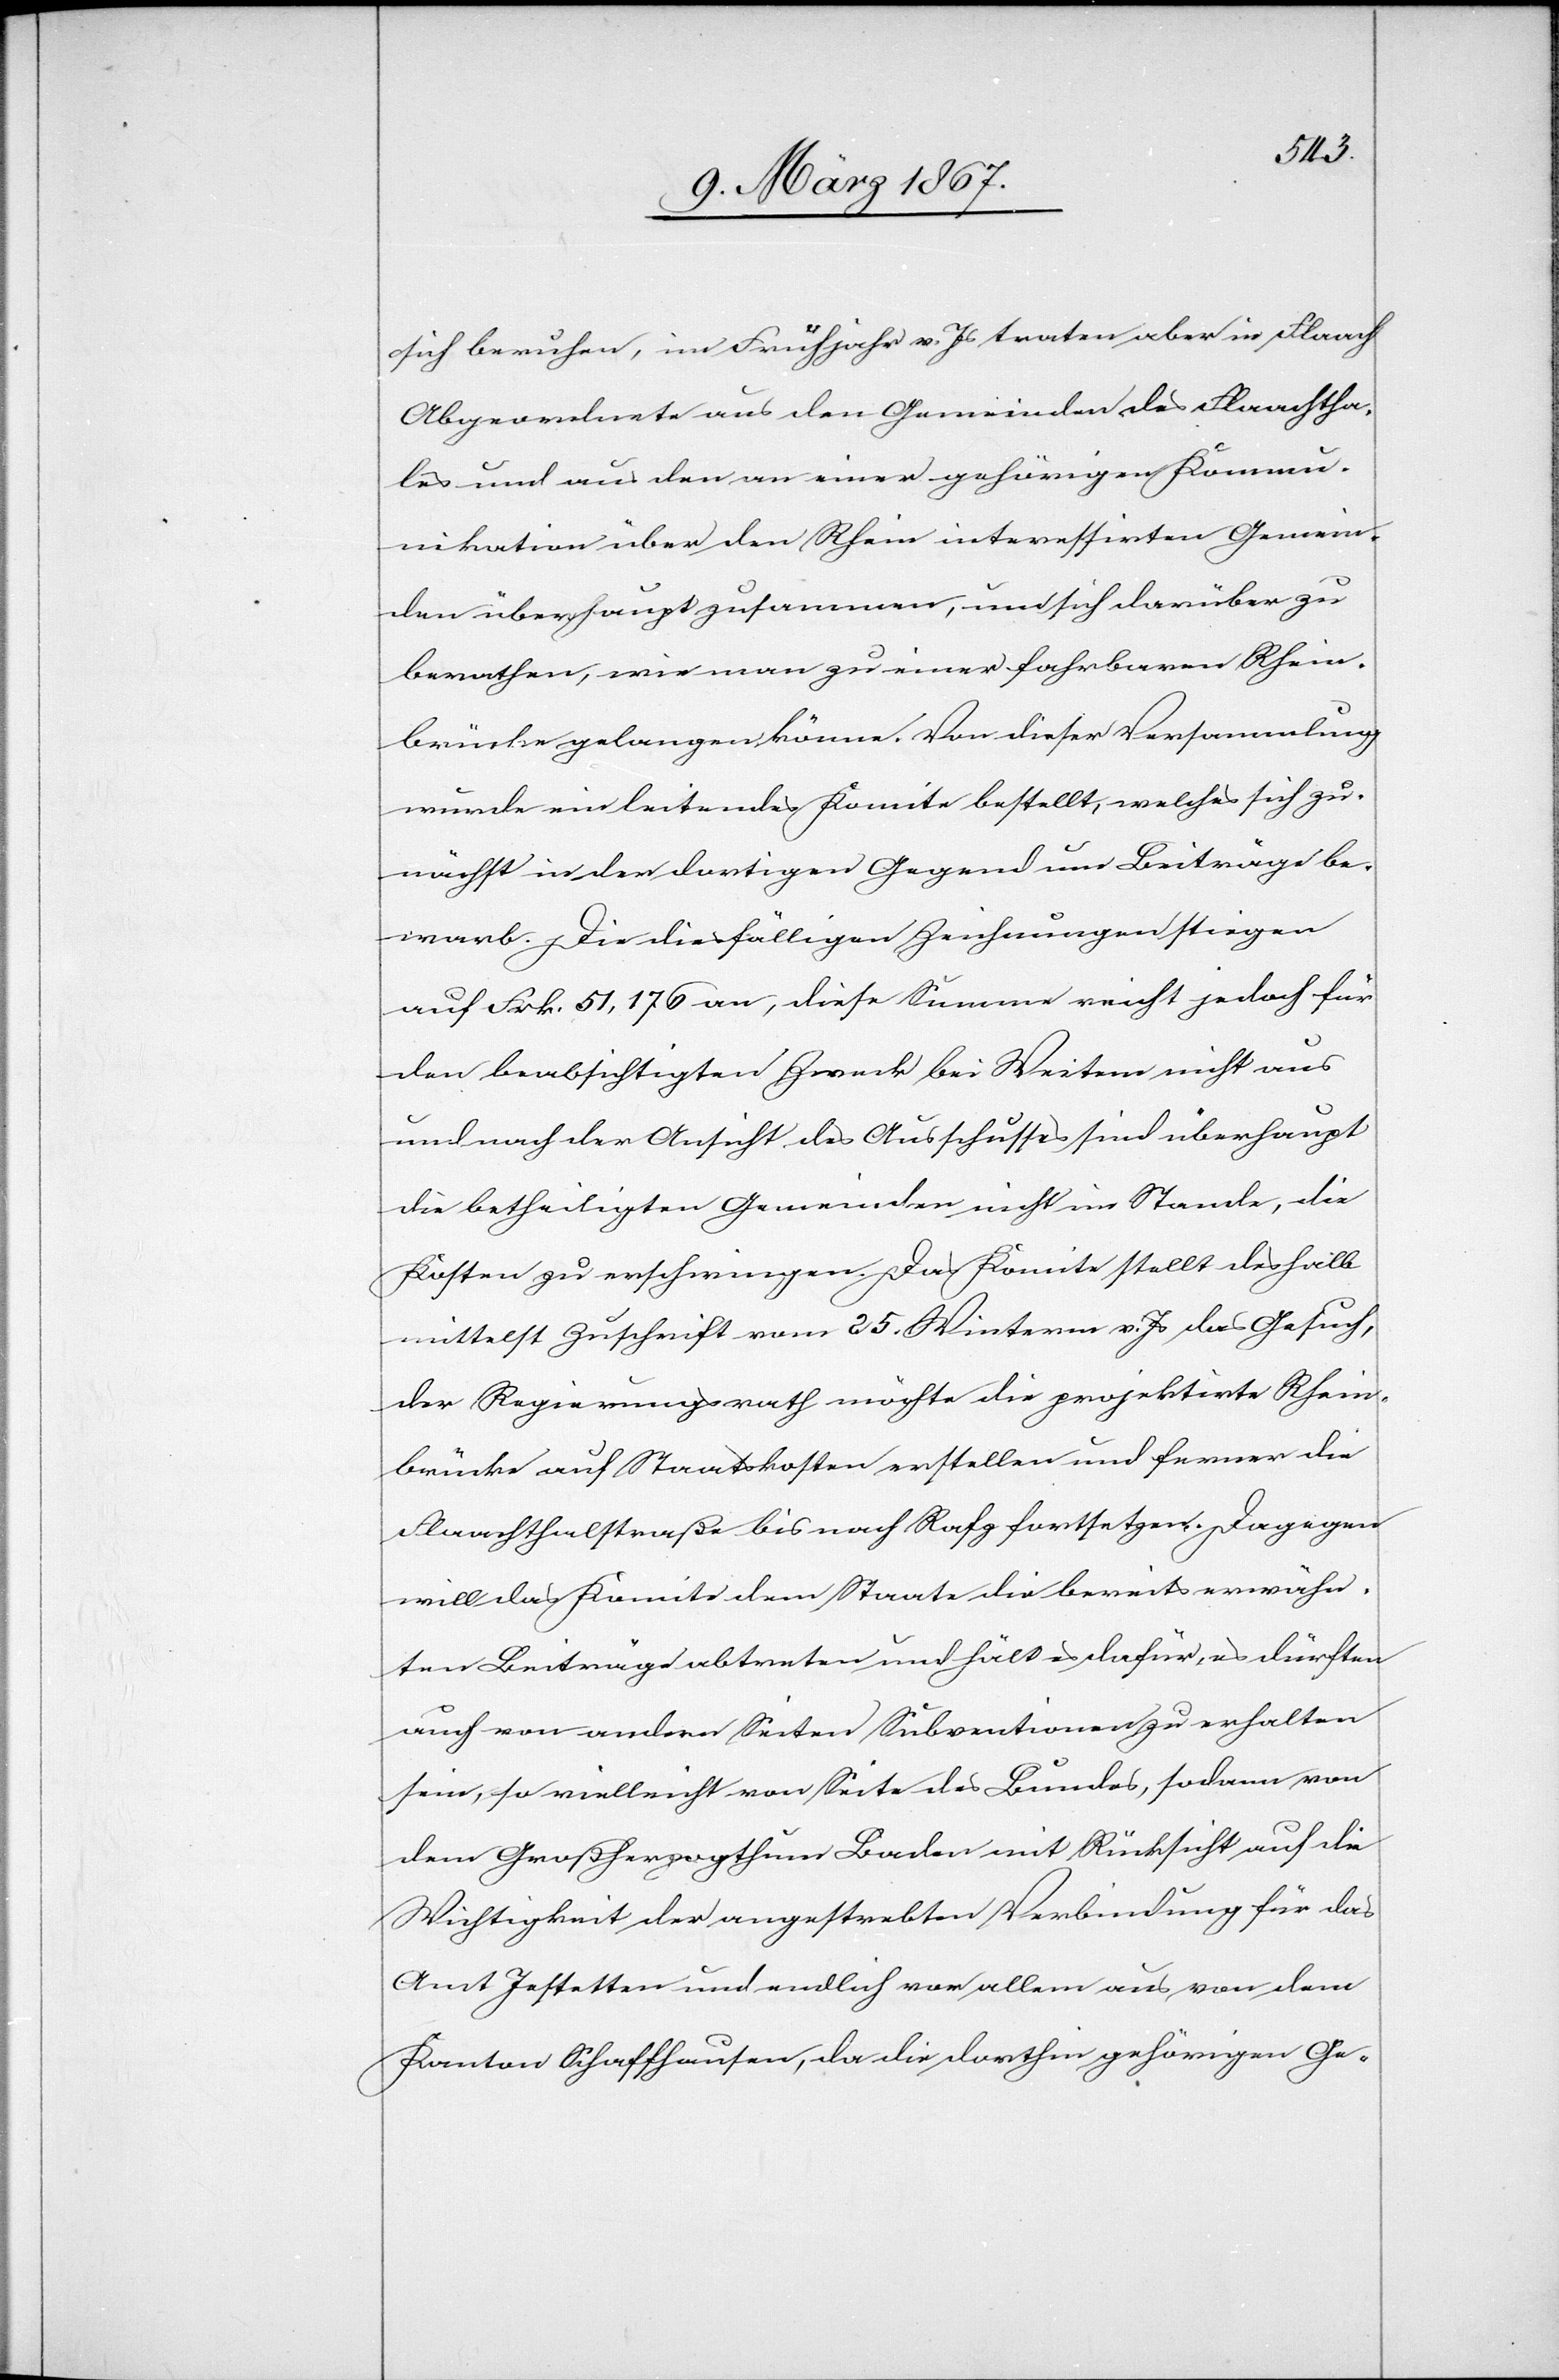
sich beruhen, im Frühjahr v. Js traten aber in Flaach
Abgeordnete aus den Gemeinden des Flaachtha¬
les und aus den an einer gehörigen Kommun¬
ikation über den Rhein interessirten Gemein¬
den überhaupt zusammen, um sich darüber zu
berathen, wie man zu einer fahrbaren Rhein¬
brücke gelangen könne. Von dieser Versammlung
wurde ein leitendes Komite bestellt, welches sich zu¬
nächst in der dortigen Gegend um Beiträge be¬
warb. Die diesfälligen Zeichnungen stiegen
auf Frk. 51,176 an, diese Summe reicht jedoch für
den beabsichtigten Zweck bei Weitem nicht aus
und nach der Ansicht des Ausschusses sind überhaupt
die betheiligten Gemeinden nicht im Stande, die
Kosten zu erschwingen. Das Komite stellt deshalb
mittelst Zuschrift vom 25. Winterm. v. Js das Gesuch,
der Regierungsrath möchte die projektirte Rhein¬
brücke auf Staatskosten erstellen und ferner die
Flaachthalstraße bis nach Rafz fortsetzen. Dagegen
will das Komite dem Staate die bereits erwähn¬
ten Beiträge abtreten und hält es dafür, es dürften
auch von andern Seiten Subventionen zu erhalten
sein, so vielleicht von Seite des Bundes, sodann von
dem Großherzogthum Baden mit Rücksicht auf die
Wichtigkeit der angestrebten Verbindung für das
Amt Jestetten und endlich vor allem aus von dem
Kanton Schaffhausen, da die dorthin gehörigen Ge-